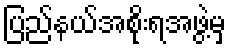
ပြည်နယ်အစိုးရအဖွဲ့မှ